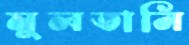
মুলতানি